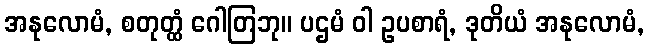
အနုလောမံ, စတုတ္ထံ ဂေါတြဘု။ ပဌမံ ဝါ ဥပစာရံ, ဒုတိယံ အနုလောမံ,